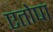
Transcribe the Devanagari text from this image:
एतोषा